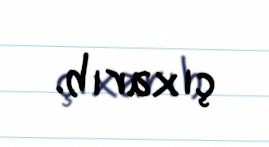
çıxarıb.